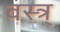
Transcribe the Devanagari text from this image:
वस्त्र्